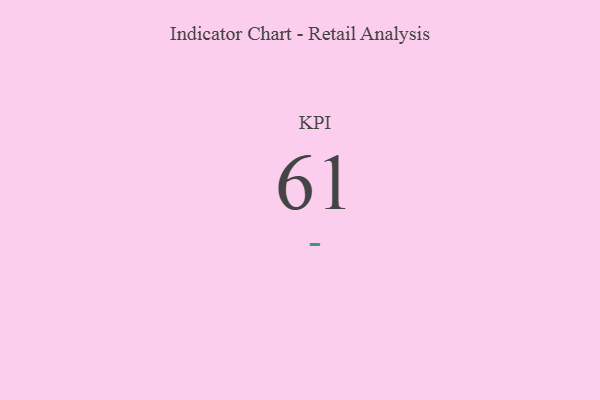
{"axis": {"x": "KPI", "y": "Value"}, "legend": [""], "data": [{"x": "KPI", "y": 61, "type": ""}]}